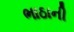
ભાઠાની